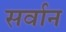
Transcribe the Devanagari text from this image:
सर्वान